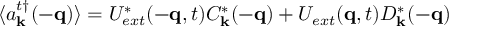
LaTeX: \langle a _ { { \bf { k } } } ^ { t \dagger } ( - { \bf { q } } ) \rangle = U _ { e x t } ^ { * } ( - { \bf { q } } , t ) C _ { { \bf { k } } } ^ { * } ( - { \bf { q } } ) + U _ { e x t } ( { \bf { q } } , t ) D _ { { \bf { k } } } ^ { * } ( - { \bf { q } } )